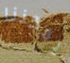
يمكننا